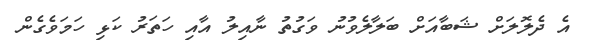
އެ ދެލޮލަށް ޝަބާއަށް ބަލާލެވުނު ވަގުތު ނާއިލު އާއި ހަތަރު ކަޅި ހަމަވެގެން